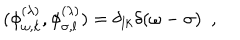
LaTeX: ( \phi _ { \omega , k } ^ { ( \lambda ) } , \phi _ { \sigma , l } ^ { ( \lambda ) } ) = \delta _ { l k } \delta ( \omega - \sigma ) ~ ~ ,